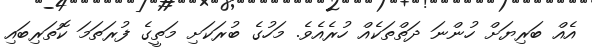
އެއް ބަރިޔަށް ހުންނަ ދަތްތަކެއް ހުރެއެވެ. މަހުގެ ބުރަކަށި މަތީގެ ފުރަތަމަ ކޮތަރިބައި